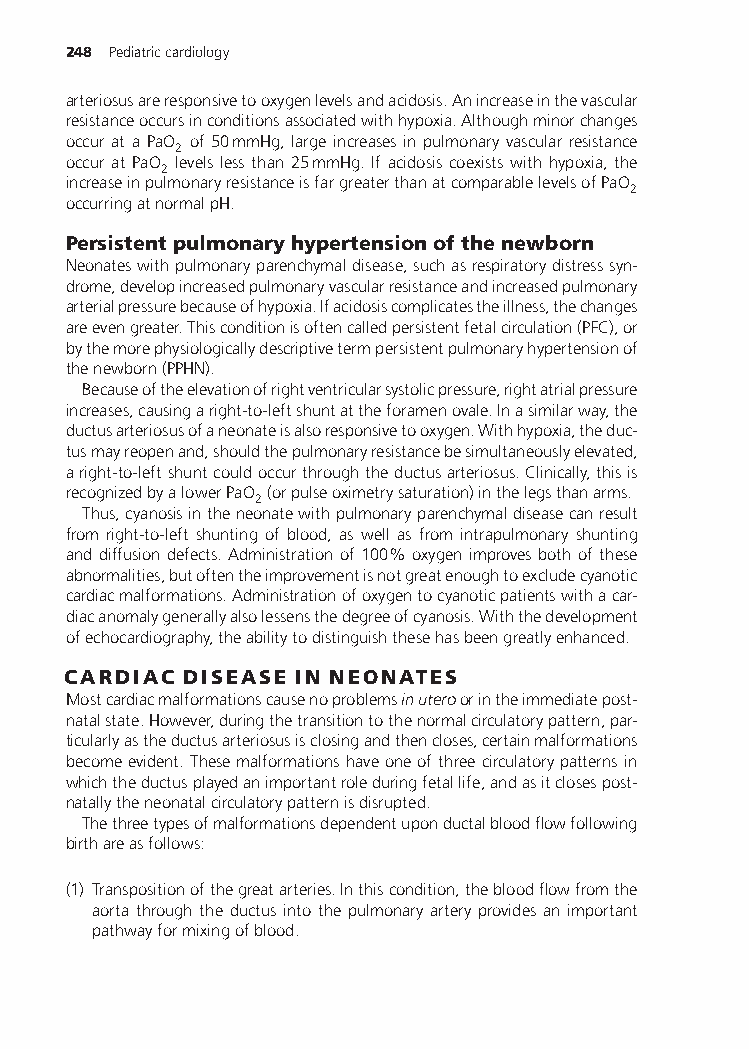
248 Pediatriccardiology
 arteriosusareresponsivetooxygenlevelsandacidosis.Anincreaseinthevascular
 resistanceoccursinconditionsassociatedwithhypoxia.Althoughminorchanges
 occur at a PaO of 50mmHg, large increases in pulmonary vascular resistance
 2
 occur at PaO levels less than 25mmHg. If acidosis coexists with hypoxia, the
 2
 increaseinpulmonaryresistanceisfargreaterthanatcomparablelevelsofPaO
 2
 occurringatnormalpH.
 Persistentpulmonaryhypertensionofthenewborn
 Neonateswithpulmonaryparenchymaldisease,suchasrespiratorydistresssyn-
 drome,developincreasedpulmonaryvascularresistanceandincreasedpulmonary
 arterialpressurebecauseofhypoxia.Ifacidosiscomplicatestheillness,thechanges
 areevengreater.Thisconditionisoftencalledpersistentfetalcirculation(PFC),or
 bythemorephysiologicallydescriptivetermpersistentpulmonaryhypertensionof
 thenewborn(PPHN).
 Becauseoftheelevationofrightventricularsystolicpressure,rightatrialpressure
 increases,causingaright-to-leftshuntattheforamenovale.Inasimilarway,the
 ductusarteriosusofaneonateisalsoresponsivetooxygen.Withhypoxia,theduc-
 tusmayreopenand,shouldthepulmonaryresistancebesimultaneouslyelevated,
 aright-to-leftshuntcouldoccurthroughtheductusarteriosus.Clinically,thisis
 recognizedbyalowerPaO (orpulseoximetrysaturation)inthelegsthanarms.
 2
 Thus,cyanosisintheneonatewithpulmonaryparenchymaldiseasecanresult
 from right-to-left shunting of blood, as well as from intrapulmonary shunting
 and diffusion defects. Administration of 100% oxygen improves both of these
 abnormalities,butoftentheimprovementisnotgreatenoughtoexcludecyanotic
 cardiacmalformations.Administrationofoxygentocyanoticpatientswithacar-
 diacanomalygenerallyalsolessensthedegreeofcyanosis.Withthedevelopment
 ofechocardiography,theabilitytodistinguishthesehasbeengreatlyenhanced.
 CARDIAC DISEASE IN NEONATES
 Mostcardiacmalformationscausenoproblemsinuteroorintheimmediatepost-
 natalstate.However,duringthetransitiontothenormalcirculatorypattern,par-
 ticularlyastheductusarteriosusisclosingandthencloses,certainmalformations
 becomeevident.Thesemalformationshaveoneofthreecirculatorypatternsin
 whichtheductusplayedanimportantroleduringfetallife,andasitclosespost-
 natallytheneonatalcirculatorypatternisdisrupted.
 Thethreetypesofmalformationsdependentuponductalbloodflowfollowing
 birthareasfollows:
 (1) Transpositionofthegreatarteries.Inthiscondition,thebloodflowfromthe
 aorta through the ductus into the pulmonary artery provides an important
 pathwayformixingofblood.